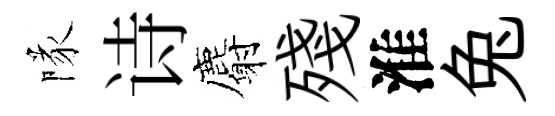
隊诗麝殘淮兔